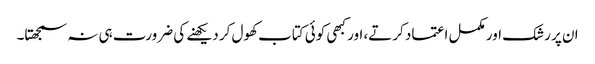
ان پر رشک اور مکمل اعتماد کرتے، اور کبھی کوئی کتاب کھول کر دیکھنے کی ضرورت ہی نہ سمجھتا۔